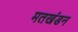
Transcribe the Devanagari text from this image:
मतखंडन